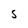
Character: S